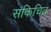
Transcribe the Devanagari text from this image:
संकिचित